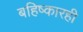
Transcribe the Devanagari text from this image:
बहिष्कारही